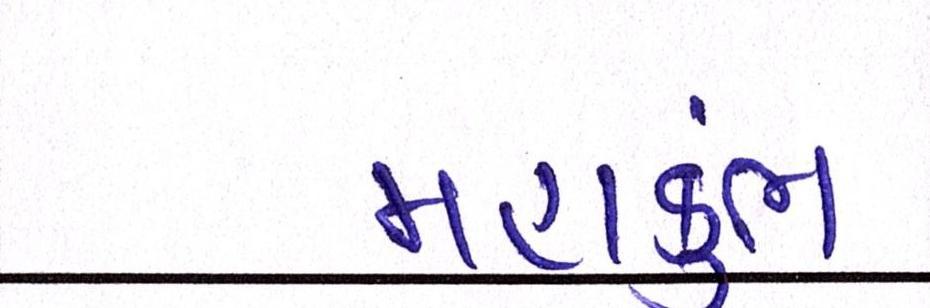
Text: મહાકુંભ